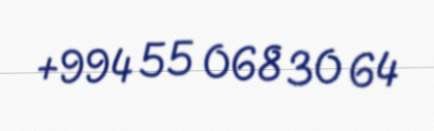
+994 55 068 30 64